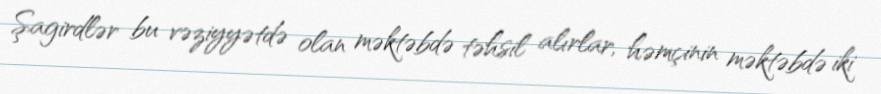
Şagirdlər bu vəziyyətdə olan məktəbdə təhsil alırlar, həmçinin məktəbdə iki